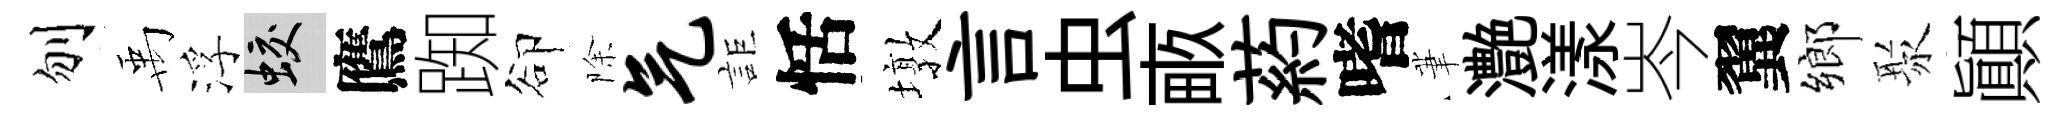
刎禹浮蛟鷹踟卻除气詎恬墩言虫畞葯嗜茟灔漾岑翼鄉聚顚